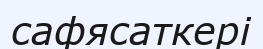
сафясаткері